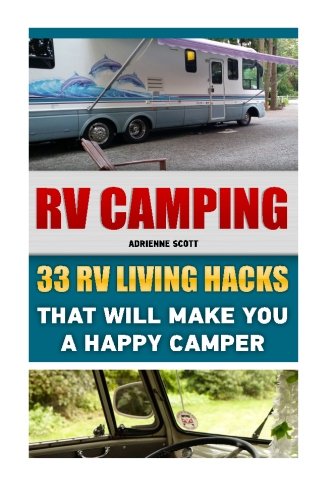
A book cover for RV Camping: 33 RV Living Hacks That Will Make You A Happy Camper: (RVing full time, RV living, How to live in a car, How to live in a car van or RV, ... how to live in a car, van or RV) (Volume 3); Adrienne Scott; Travel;